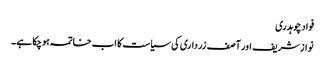
فواد چوہدری
نوازشریف اور آصف زرداری کی سیاست کا اب خاتمہ ہوچکا ہے۔